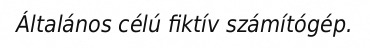
Általános célú fiktív számítógép.